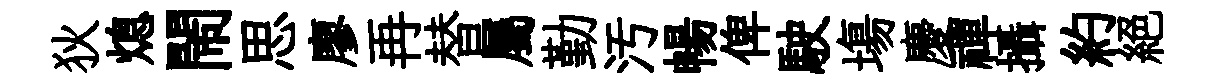
狄熄閙思廖再替屬勤汚暢俾駛塲慶禪攝約絶